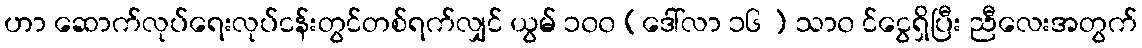
ဟာ ဆောက်လုပ်ရေးလုပ်ငန်းတွင်တစ်ရက်လျှင် ယွမ် ၁၀၀ (ဒေါ်လာ ၁၆ ) သာ၀ င်ငွေရှိပြီး ညီလေးအတွက်